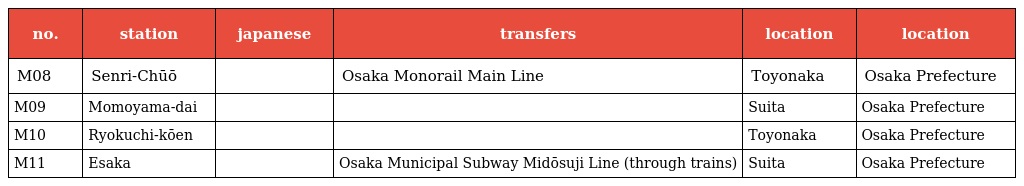
| no. | station | japanese | transfers | location | location |
 | --- | --- | --- | --- | --- | --- |
 | M08 | Senri-Chūō | 千里中央 | Osaka Monorail Main Line | Toyonaka | Osaka Prefecture |
 | M09 | Momoyama-dai | 桃山台 |  | Suita | Osaka Prefecture |
 | M10 | Ryokuchi-kōen | 緑地公園 |  | Toyonaka | Osaka Prefecture |
 | M11 | Esaka | 江坂 | Osaka Municipal Subway Midōsuji Line (through trains) | Suita | Osaka Prefecture |